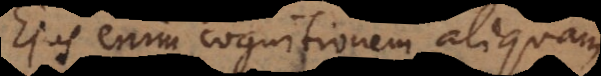
Ejus enim cognitionem aliquam